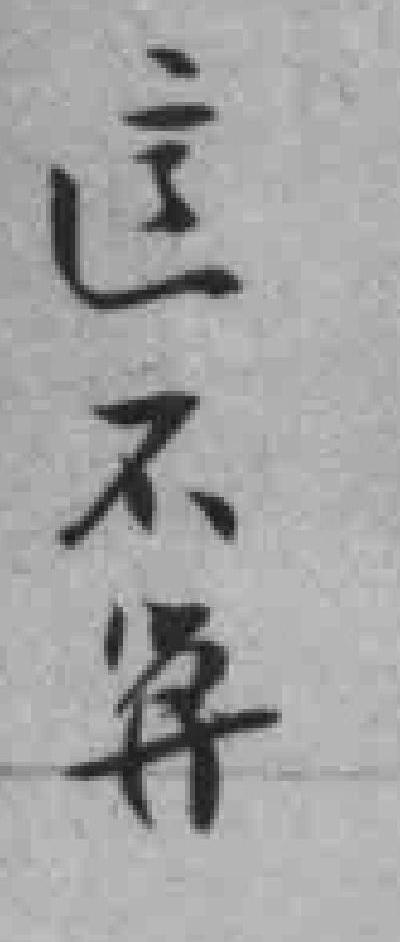
這不算